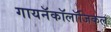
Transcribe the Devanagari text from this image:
गायनॅकॉलॉजिकल